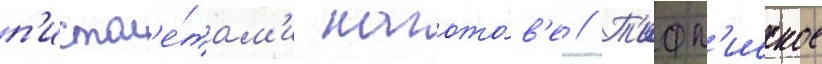
п'истол'е́там'и нагото́в'е // Т'ифл'исское